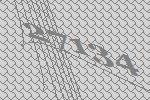
27134